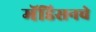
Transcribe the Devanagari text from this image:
मॅडिसनचे